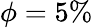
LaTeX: \phi=5\%